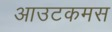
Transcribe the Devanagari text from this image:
आउटकमस